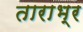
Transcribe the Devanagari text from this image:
ताराभ्र